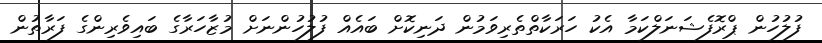
ފުލުހުން ޕްރޮފެޝަނަލްކަމާ އެކު ހަރަކާތްތެރިވަމުން ދަނިކޮށް ބައެއް ފުލުހުންނަށް މުޒާހަރާގެ ބައިވެރިންގެ ފަރާތުން